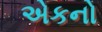
એકનો